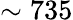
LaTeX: \sim 735